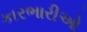
કારભારીઓ